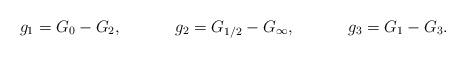
LaTeX: \begin{align*} g_1 &= G_{0} - G_{2}, & g_2 &= G_{1/2} - G_{\infty}, & g_3 &=G_{1} - G_{3}.\end{align*}